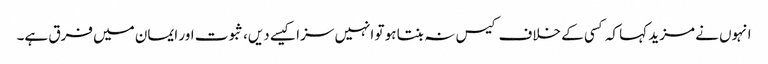
انہوں نے مزید کہا کہ کسی کے خلاف کیس نہ بنتا ہو تو انہیں سزا کیسے دیں، ثبوت اور ایمان میں فرق ہے۔